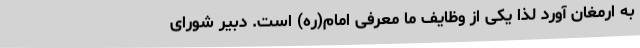
به ارمغان آورد لذا یکی از وظایف ما معرفی امام(ره) است. دبیر شورای